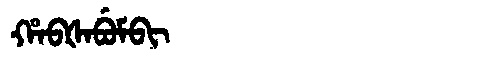
Manchu: ᡥᠠᠪᡧᠠᠪᡠᠮᠪᡳ
Romanization: HABŠABUMBI